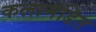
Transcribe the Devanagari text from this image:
कलामंडित